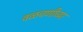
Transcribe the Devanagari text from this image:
वळचणीच्या